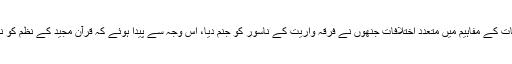
قرآن مجید کی آیات کے مفاہیم میں متعدد اختلافات جنھوں نے فرقہ واریت کے ناسور کو جنم دیا، اس وجہ سے پیدا ہوئے کہ قرآن مجید کے نظم کو نظر انداز کیا گیا۔